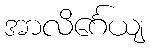
အာလိင်္ဂေယျ